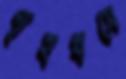
গৃহধসে